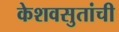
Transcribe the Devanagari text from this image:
केशवसुतांची